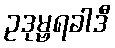
ဥဒုမ္ဗရခါဒီ